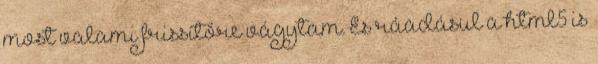
most valami frissítőre vágytam. És ráadásul a html5 is